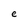
Character: e